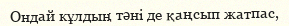
Ондай кұлдың тәні де қаңсып жатпас,